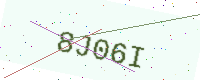
Text: 8J06I